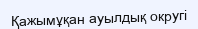
Қажымұқан ауылдық округі